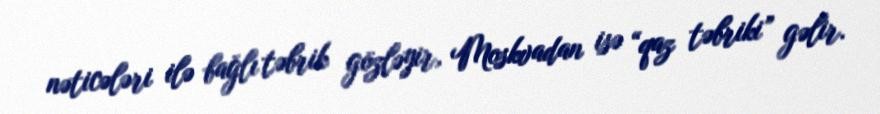
nəticələri ilə bağlı təbrik gözləyir, Moskvadan isə “qaz təbriki” gəlir.